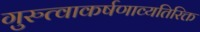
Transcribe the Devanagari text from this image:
गुरुत्वाकर्षणाव्यतिरिक्त